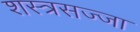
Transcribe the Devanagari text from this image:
शस्त्रसज्जा